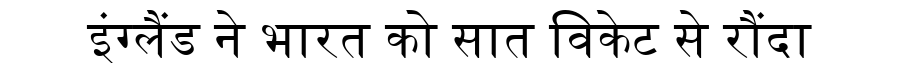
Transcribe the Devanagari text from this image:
इंग्लैंड ने भारत को सात विकेट से रौंदा